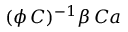
( \phi \, C ) ^ { - 1 } \beta \, C a